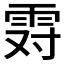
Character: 𱁒